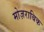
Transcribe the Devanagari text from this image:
मोज़राबिक